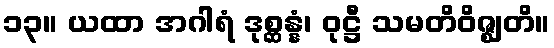
၁၃။ ယထာ အဂါရံ ဒုစ္ဆန္နံ၊ ဝုဋ္ဌီ သမတိဝိဇ္ဈတိ။